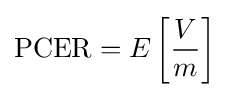
\mathrm {PCER} =E\left[{\frac {V}{m}}\right]